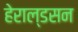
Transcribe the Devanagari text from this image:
हेराल्डसन